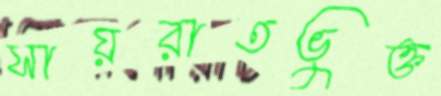
সায়রাতভুক্ত